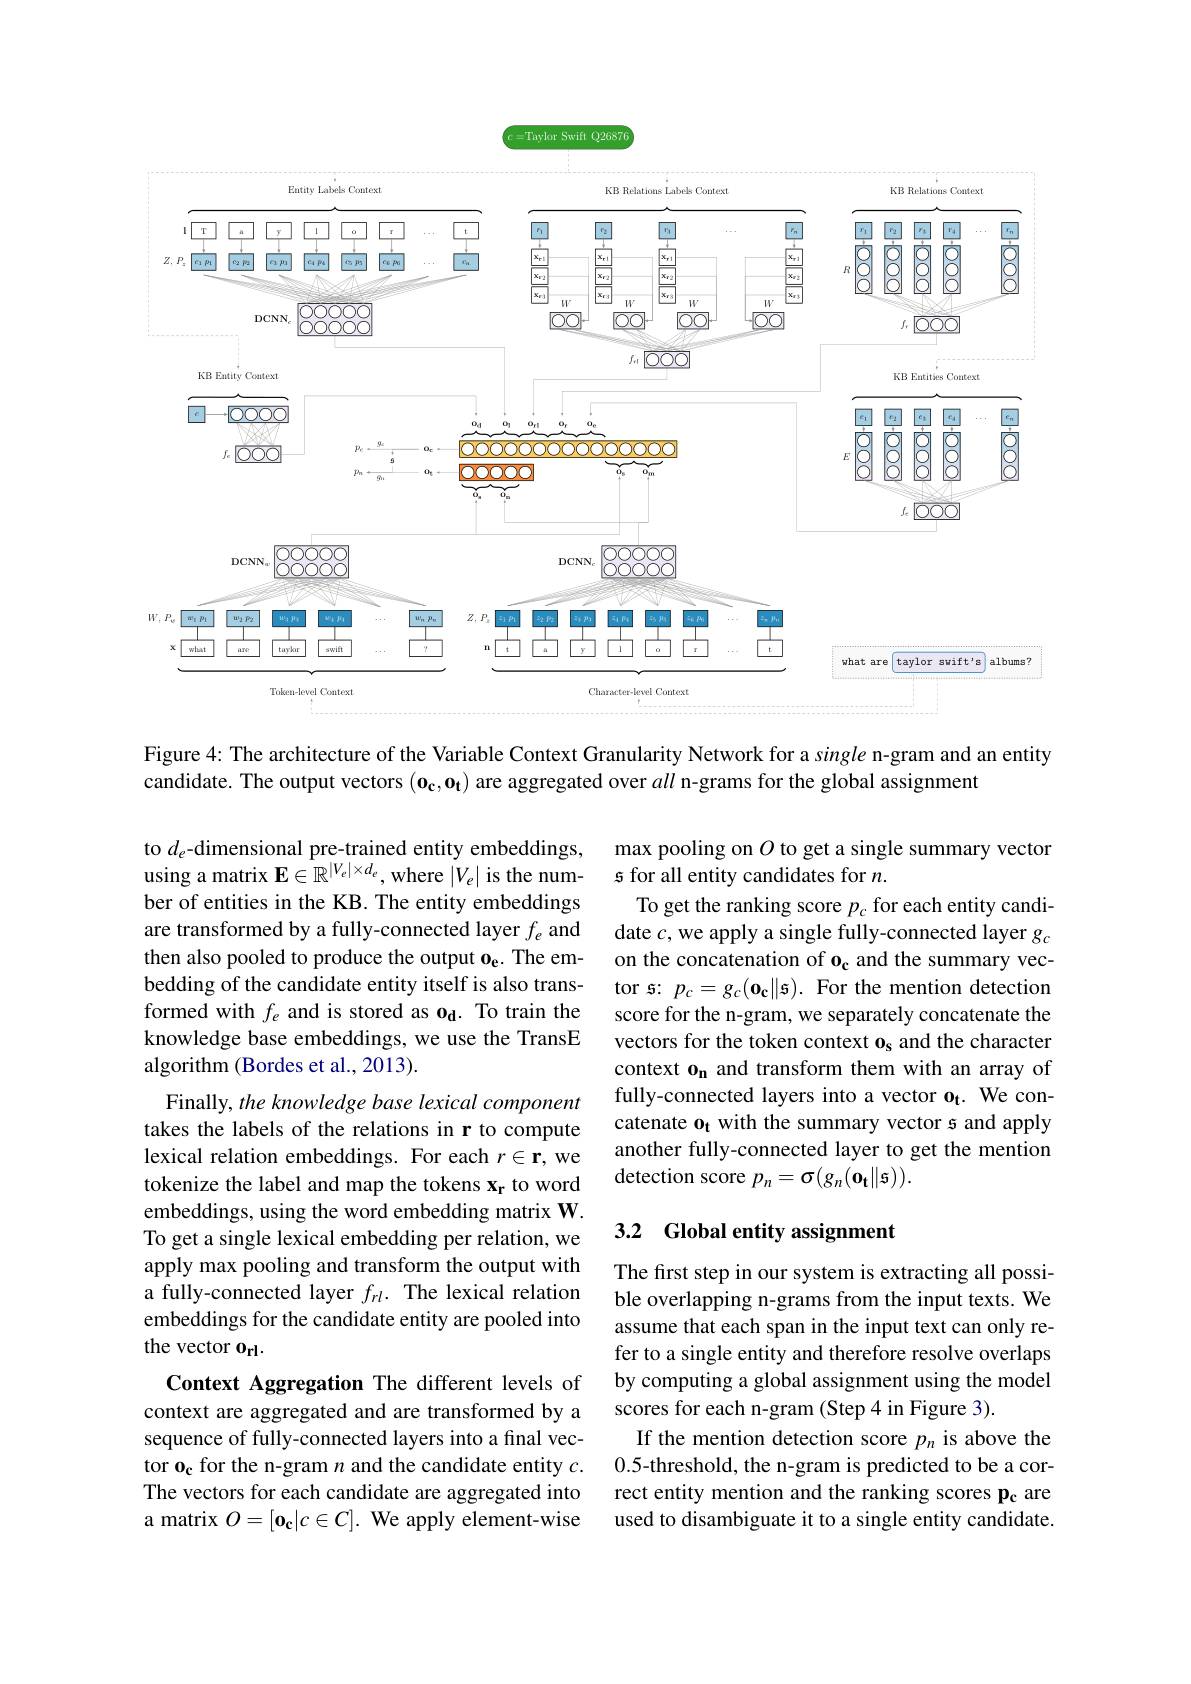
<FigureHere>

Figure 4: The architecture of the Variable Context Granularity Network for a single n-gram and an entity
candidate. The output vectors $(\mathbf{o_c,o_t})$ are aggregated over all n-grams for the global assignment

to $d_e$-dimensional pre-trained entity embeddings, using a matrix $\mathbf{E}\in\mathbb{R}^|V_e|\times d_e$, where $|V_e|$ is the number of entities in the KB. The entity embeddings are transformed by a fully-connected layer $f_e$ and then also pooled to produce the output $\mathbf{o_\mathrm{e} } .$ The embedding of the candidate entity itself is also transformed with $f_e$ and is stored as od. To train the knowledge base embeddings, we use the TransE algorithm (Bordes et al., 2013).

max pooling on $O$ to get a single summary vector
s for all entity candidates for $n.$
To get the ranking score $p_c$ for each entity candidate $c$, we apply a single fully-connected layer $g_c$ on the concatenation of o$_{\mathrm{c}}$ and the summary vector $\mathfrak{s}:p_c=g_c(\mathbf{0}_{\mathbf{c}}\|\mathbf{s}).$ For the mention detection score for the n-gram, we separately concatenate the vectors for the token context $\mathbf{o}_\mathrm{s}$ and the character context $\mathbf{o_n}$ and transform them with an array of fully-connected layers into a vector $\mathbf{o_t}.$ We concatenate o$_{\mathbf{t}}$ with the summary vector s and apply another fully-connected layer to get the mention detection score $p_n=\sigma(g_n(\mathbf{o_t}\|\mathbf{s})).$

Finally, the knowledge base lexical component takes the labels of the relations in r to compute lexical relation embeddings. For each $r\in\mathbf{r}$, we tokenize the label and map the tokens $\mathbf{x_r}$ to word embeddings, using the word embedding matrix W. To get a single lexical embedding per relation, we apply max pooling and transform the output with a fully-connected layer $f_{rl}.$ The lexical relation embeddings for the candidate entity are pooled into the vector $\mathbf{0}_\mathrm{rl}.$
Context Aggregation The different levels of context are aggregated and are transformed by a sequence of fully-connected layers into a final vector o$_{\mathbf{c}}$ for the n-gram $n$ and the candidate entity $c.$ The vectors for each candidate are aggregated into

### 3.2 Global entity assignment

The first step in our system is extracting all possible overlapping n-grams from the input texts. We assume that each span in the input text can only refer to a single entity and therefore resolve overlaps by computing a global assignment using the model scores for each n-gram (Step 4 in Figure 3).
If the mention detection score $p_n$ is above the 0.5-threshold, the n-gram is predicted to be a correct entity mention and the ranking scores pc are used to disambiguate it to a single entity candidate.

a matrix $O=[\mathbf{o_c}|c\in C].$ We apply element-wise